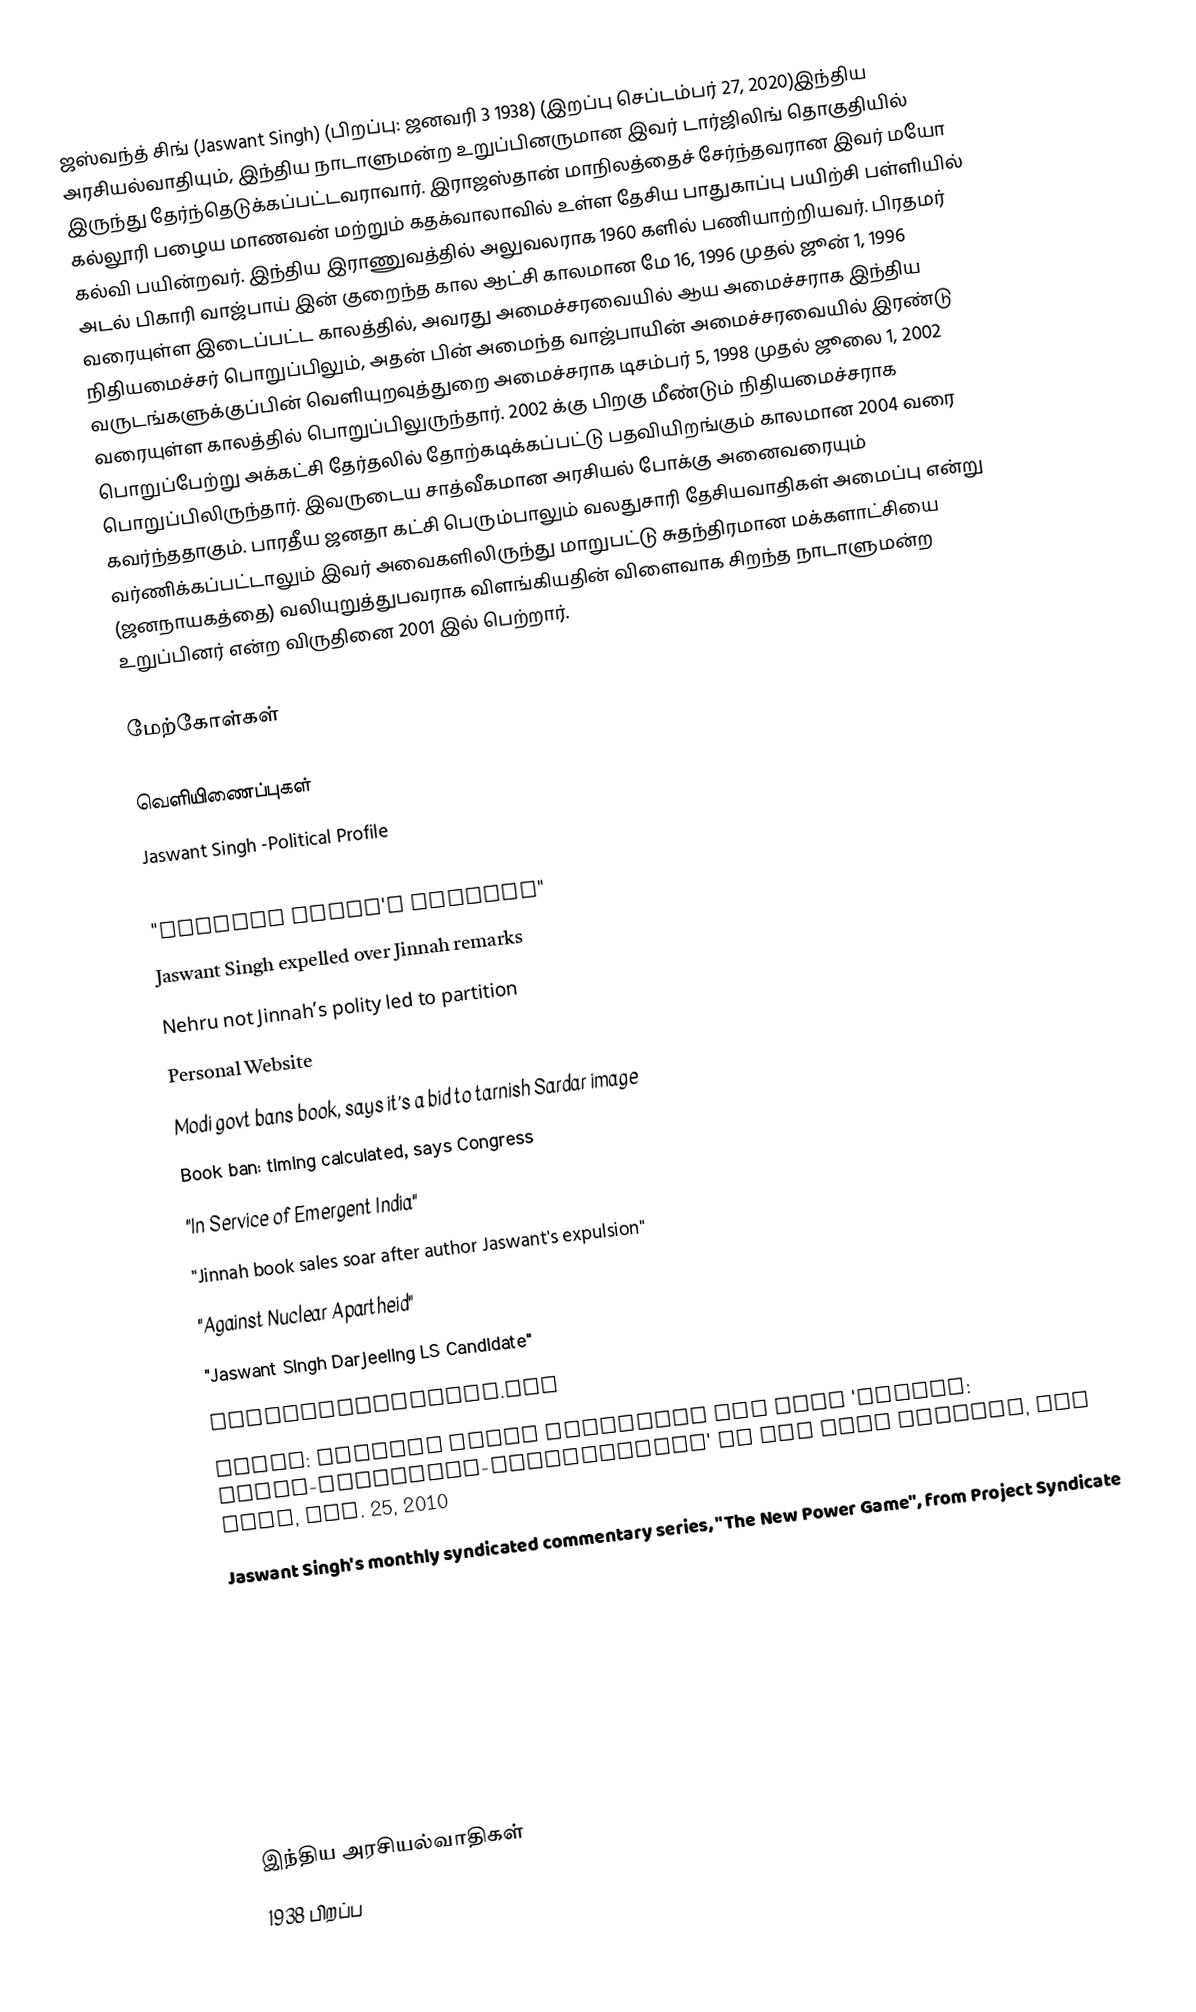
ஜஸ்வந்த் சிங் (Jaswant Singh) (பிறப்பு: ஜனவரி 3 1938) (இறப்பு செப்டம்பர் 27, 2020)இந்திய அரசியல்வாதியும், இந்திய நாடாளுமன்ற உறுப்பினருமான இவர் டார்ஜிலிங் தொகுதியில் இருந்து தேர்ந்தெடுக்கப்பட்டவராவார். இராஜஸ்தான் மாநிலத்தைச் சேர்ந்தவரான இவர் மயோ கல்லூரி பழைய மாணவன் மற்றும் கதக்வாலாவில் உள்ள தேசிய பாதுகாப்பு பயிற்சி பள்ளியில் கல்வி பயின்றவர். இந்திய இராணுவத்தில் அலுவலராக 1960 களில் பணியாற்றியவர். பிரதமர் அடல் பிகாரி வாஜ்பாய் இன் குறைந்த கால ஆட்சி காலமான மே 16, 1996 முதல் ஜூன் 1, 1996 வரையுள்ள இடைப்பட்ட காலத்தில், அவரது அமைச்சரவையில் ஆய அமைச்சராக இந்திய நிதியமைச்சர் பொறுப்பிலும், அதன் பின் அமைந்த வாஜ்பாயின் அமைச்சரவையில் இரண்டு வருடங்களுக்குப்பின் வெளியுறவுத்துறை அமைச்சராக டிசம்பர் 5, 1998 முதல் ஜூலை 1, 2002 வரையுள்ள காலத்தில் பொறுப்பிலுருந்தார். 2002 க்கு பிறகு மீண்டும் நிதியமைச்சராக பொறுப்பேற்று அக்கட்சி தேர்தலில் தோற்கடிக்கப்பட்டு பதவியிறங்கும் காலமான 2004 வரை பொறுப்பிலிருந்தார். இவருடைய சாத்வீகமான அரசியல் போக்கு அனைவரையும் கவர்ந்ததாகும். பாரதீய ஜனதா கட்சி பெரும்பாலும் வலதுசாரி தேசியவாதிகள் அமைப்பு என்று வர்ணிக்கப்பட்டாலும் இவர் அவைகளிலிருந்து மாறுபட்டு சுதந்திரமான மக்களாட்சியை (ஜனநாயகத்தை) வலியுறுத்துபவராக விளங்கியதின் விளைவாக சிறந்த நாடாளுமன்ற உறுப்பினர் என்ற விருதினை 2001 இல் பெற்றார்.

மேற்கோள்கள்

வெளியிணைப்புகள்
Jaswant Singh -Political Profile
Jaswant returns to BJP
 "Jaswant Singh's Website"
 Jaswant Singh expelled over Jinnah remarks
 Nehru not Jinnah’s polity led to partition
 Personal Website
 Modi govt bans book, says it’s a bid to tarnish Sardar image
 Book ban: timing calculated, says Congress
 "In Service of Emergent India"
 "Jinnah book sales soar after author Jaswant's expulsion"
 "Against Nuclear Apartheid"
 "Jaswant Singh Darjeeling LS Candidate"
 Financialexpress.com
 Video: Jaswant Singh discusses his book 'Jinnah: India-Partition-Independence' at the Asia Society, New York, Mar. 25, 2010
Jaswant Singh's monthly syndicated commentary series, "The New Power Game", from Project Syndicate

இந்திய அரசியல்வாதிகள்
1938 பிறப்ப